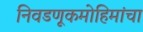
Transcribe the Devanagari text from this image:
निवडणूकमोहिमांचा